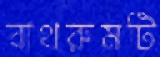
বাথরুমটি